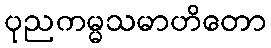
ပုညကမ္မသမာဟိတော